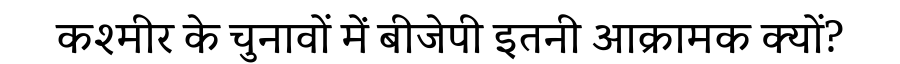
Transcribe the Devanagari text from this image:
कश्मीर के चुनावों में बीजेपी इतनी आक्रामक क्यों?